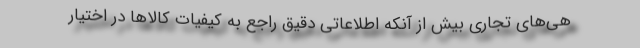
هی‌های تجاری بیش از آنکه اطلاعاتی دقیق راجع به کیفیات کالاها در اختیار